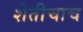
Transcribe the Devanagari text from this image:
शेतीचाच